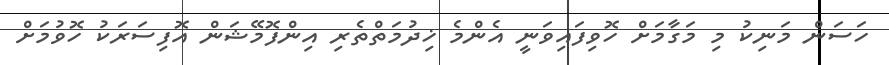
ހަސަން މަނިކު މި މަގާމަށް ހޮވިފައިވަނީ އެންމެ ޚިދުމަތްތެރި އިންފޮމޭޝަން އޮފިސަރަކު ހޮވުމަށް